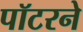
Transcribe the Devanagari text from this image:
पॉटरने